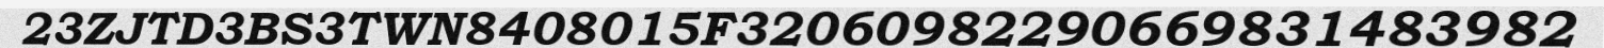
23ZJTD3BS3TWN8408015F32060982290669831483982